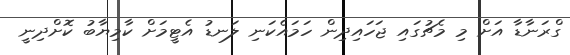
ގްރަނާޑާ އަށް މި މެޗުގައި ޖަހައިދިން ހަމައެކަނި ލަނޑު އެޓީމަށް ކާމިޔާބު ކޮށްދިނީ